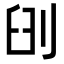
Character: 𠜃